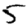
Digit: 5